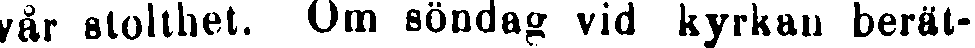
vår stolthet. Om söndag vid kyrkan berät-